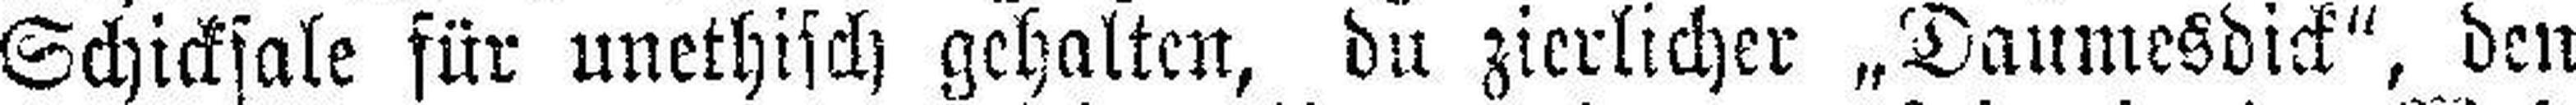
Schicksale für unethisch gehalten, du zierlicher „Daumesdick“, den